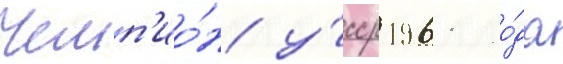
Чемп'ио́н у́сср 1961 го́да